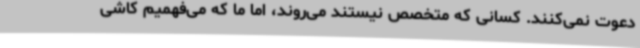
دعوت نمی‌کنند. کسانی که متخصص نیستند می‌روند، اما ما که می‌فهمیم کاشی